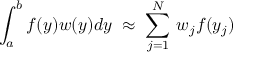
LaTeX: \int _ { a } ^ { b } f ( y ) w ( y ) d y \; \approx \; \sum _ { j = 1 } ^ { N } \, w _ { j } f ( y _ { j } )